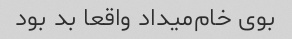
بوی خام‌میداد واقعا بد بود